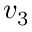
v _ { 3 }